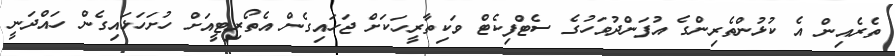
ތެރެއިން އެ ކުޅުންތެރިންގެ އުފަންދުވަހުގެ ސެޓްފިކެޓް ވަކިތާރީހަކަށް ޖަހައިގެން އެތޯރިޓީއަށް ހުށަހަޅައިގެން ހައްދަނީ